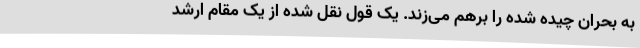
به بحران چیده شده را برهم می‌زند. یک قول نقل شده از یک مقام ارشد